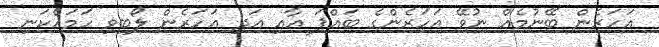
އަހަރެން ބޭނުމެއް ނުވޭ އަހަރެންގެ ބައްޕަ އާއި އަދި އަހަރެން ލޯބިވި ހަމައެކަނި